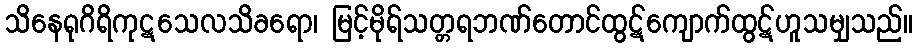
သိနေရုဂိရိကုဋသေလသိခရော၊ မြင့်မိုရ်သတ္တရဘဏ်တောင်ထွဋ်ကျောက်ထွဋ်ဟူသမျှသည်။